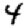
Digit: 4